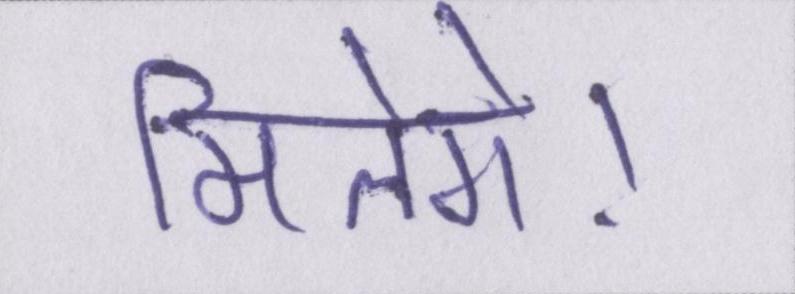
मिलेंगे।